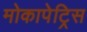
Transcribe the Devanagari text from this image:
मोकापेट्रिस